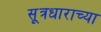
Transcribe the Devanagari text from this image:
सूत्रधाराच्या